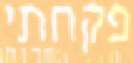
פקחתי